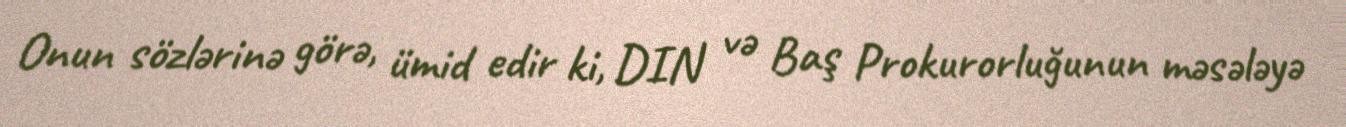
Onun sözlərinə görə, ümid edir ki, DIN və Baş Prokurorluğunun məsələyə